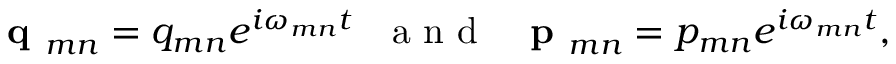
\textbf { q } _ { m n } = q _ { m n } e ^ { i \omega _ { m n } t } ~ ~ \mathrm { ~ a ~ n ~ d ~ } ~ ~ \textbf { p } _ { m n } = p _ { m n } e ^ { i \omega _ { m n } t } ,